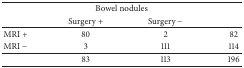
| <COLSPAN=4> Bowel nodules |
 |  | Surgery + | Surgery − |  |
 | --- | --- | --- | --- |
 | MRI + | 80 | 2 | 82 |
 | MRI − | 3 | 111 | 114 |
 |  | 83 | 113 | 196 |